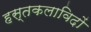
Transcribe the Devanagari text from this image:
हस्तकलाविदों